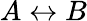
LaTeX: A\leftrightarrow B